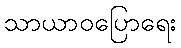
သာယာဝပြောရေး